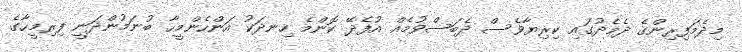
މިދެމަފިރިންގެ ދެމެދުގައި ކިރިޔާވެސް ދެބަސްވުމެއް އުފެދޭ ކޮންމެ ހިނދަކު އަންހެންމީހާ ބުނަމުންދަނީ ފިރިމީހާގެ